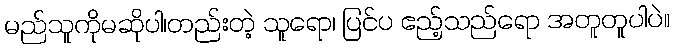
မည်သူကိုမဆိုပါ၊တည်းတဲ့ သူရော၊ ပြင်ပ ဧည့်သည်ရော အတူတူပါပဲ။